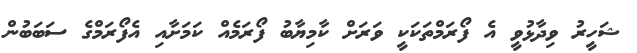
ޝަހީރު ވިދާޅުވީ އެ ފޯރަމްތަކަކީ ވަރަށް ކާމިޔާބު ފޯރަމެއް ކަމަށާއި އެފޯރަމްގެ ސަބަބުން